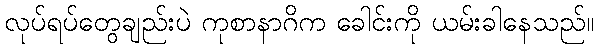
လုပ်ရပ်တွေချည်းပဲ ကုစာနာဂိက ခေါင်းကို ယမ်းခါနေသည်။